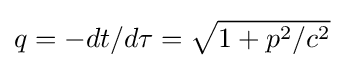
q=-dt/d\tau ={\sqrt {1+p^{2}/c^{2}}}